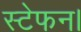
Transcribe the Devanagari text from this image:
स्टेफन।